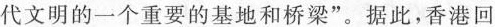
代文明的一个重要的基地和桥梁”。据此，香港回